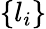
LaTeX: \left\{ l_{i}\right\}